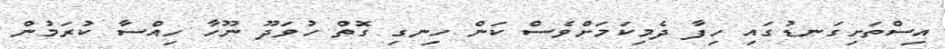
އިސްތަށިގަނޑުގައި ހިފާ ދެމިކަމަށްވެސް ކަން ހިނގި ގޮތް ހުވަދޫ ނޫހާ ހިއްސާ ކުރަމުން